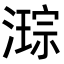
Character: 𭲙